Indian journal of veterinary science and animal husbandry - Volumes 15-17, 1948-1951
Year: 1948
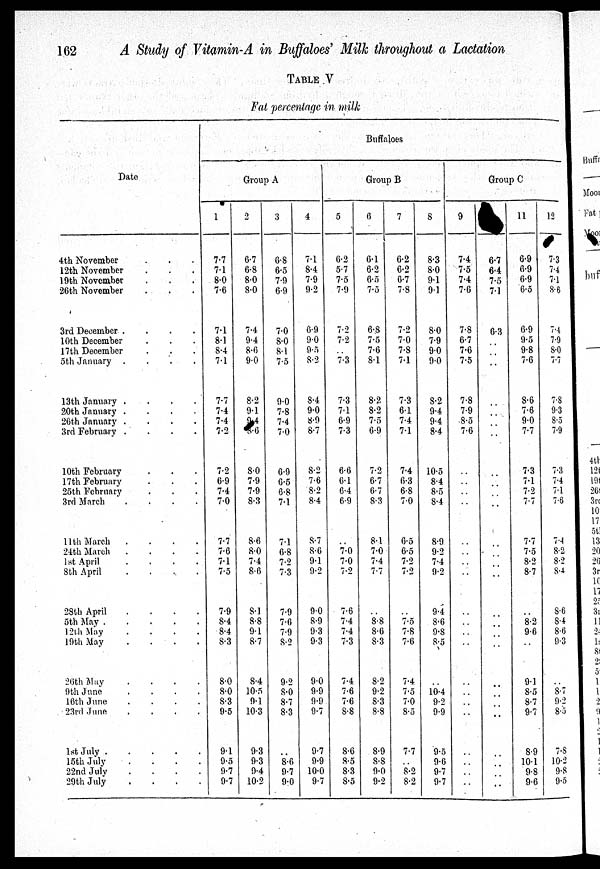
162
A Study of Vitamin-A in Buffaloes' Milk throughout a Lactation
TABLE V
Fat percentage in milk
Date
4th November . . .
12th November. . .
19th November. . .
26th November. . .
3rd December
....
10th December. . .
17 th December
5th January
....
13th January
....
20th January
....
26th January
....
3rd February
....
10th February. . .
17th February. . .
25th February. . .
3rd March
....
11th March
....
24th March
....
18 t April
....
8th April
....
28th April
....
5th May
12th May
.
.
.
19th May
....
26th May
....
9th June
.
.
.
16th June
....
23rd June
....
1st July
15th July . . .
22nd
July
.
.
.
29th July . . .
Buffaloes
Group A
1
7.7
7.1
8.0
7.6
7.1
8.1
8.4
7.1
7.7
7.4
7.4
7.2
7.2
6.9
7.4
7.0
7.7
7.6
7.1
7.5
7.9
8.4
8.4
8.3
8.0
8.0
8.3
9.5
9.1
9.5
9.7
9.7
2
6.7
6.8
8.0
8.0
7.4
9.4
8.6
9.0
8.2
9.1
4
6
8.0
7.9
7.9
8.3
8.6
8.0
7.4
8.6
8.1
8.8
9.1
8.7
8.4
10.5
9.1
10.3
9.3
9.3
9.4
10.2
3
0.8
6.5
7.9
6.9
7.0
8.0
8.1
7.5
9.0
7.8
7.4
7.0
6.9
6.5
6.8
7.1
71
6.8
7.2
7.3
7.9
7.6
7.9
8.2
9.2
8.0
8.7
8.3
. .
8.6
9.7
9.0
4
7.1
8.4
7.9
9.2
6.9
9.0
9.5
8.2
8.4
9.0
8.9
8.7
8.2
7.6
8.2
8.4
8.7
8.6
9.1
9.2
9.0
8.9
9.3
9.3
9.0
9.9
9.9
9.7
9.7
9.9
10.0
9.7
Group B
5
6.2
5.7
7.5
7.9
7.2
7.2
. .
7.3
7.3
7.1
6.9
7.3
6.6
6.1
6.4
6.9
7.0
7.0
7.2
7.6
7.4
7.4
7.3
7.4
7.6
7.6
8.8
8.6
8.5
8.3
8.5
6
6.1
6.2
6.5
7.5
6.8
7.5
7.6
8.1
8.2
8.2
7.5
6.9
7.2
6.7
6.7
8.3
8.1
7.0
7.4
7.7
. .
8.8
8.6
8.3
8.2
9.2
8.3
8.8
8.9
8.8
9.0
9.2
7
6.2
6.2
6.7
7.8
7.2
7.0
7.8
7.1
7.3
6.1
7.4
7.1
7.4
6.3
6.8
7.0
6.5
6.5
7.2
7.2
. .
7.5
7.8
7.6
7.4
7.5
7.0
8.5
7.7
. .
8.2
8.2
8
8.3
8.0
9.1
9.1
8.0
7.9
9.0
9.0
8.2
9.4
9.4
8.4
10.5
8.4
8.5
8.4
8.9
9.2
7.4
9.2
9.4
8.6
9.8
8.5
. .
10.4
9.2
9.9
9.5
9.6
9.7
9.7
Group C
9
7.4
7.5
7.4
7.6
7.8
6.7
7.6
7.5
7.8
7.9
8.5
7.6
. .
. .
. .
. .
. .
. .
. .
. .
. .
. .
. .
. .
. .
. .
. .
. .
. .
. .
. .
. .
6.7
6.4
7.5
7.1
6.3
. .
. .
. .
. .
. .
. .
. .
. .
. .. .
. .
. .. .
. .
. .
. .
. .
. .
. .
. .
. .
. .
. .
. .
. .
. .
. .
. .
. .
11
6.9
6.9
6.9
6.5
6.9
9.5
9.8
7.6
8.6
7.6
9.0
7.7
7.3
7.1
7.2
7.7
7.7
7.5
8.2
8.7
8.2
9.6
. .
9.1
8.5
8.7
9.7
8.9
10.1
9.8
9.6
12
7.3
7.4
7.1
8.6
7.4
7.9
8.0
7.7
7.8
9.3
8.5
7.9
7.3
7.4
7.1
7.6
7.4
8.2
8.2
8.4
8.6
8.4
8.6
9.3
. .
8.7
9.2
8.5
7.8
10.2
9.8
9.5